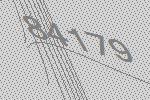
84179